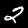
Digit: 2